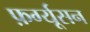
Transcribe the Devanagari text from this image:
फ़र्ग्यूसन